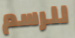
للرسم